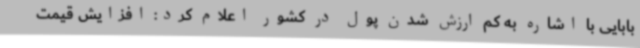
بابایی با اشاره به کم ارزش شدن پول در کشور اعلام کرد: افزایش قیمت